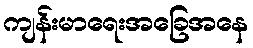
ကျန်းမာရေးအခြေအနေ